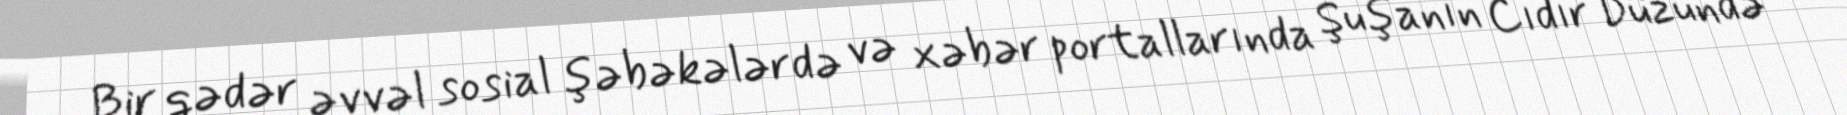
Bir qədər əvvəl sosial şəbəkələrdə və xəbər portallarında Şuşanın Cıdır Düzündə